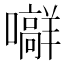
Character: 𪢟